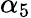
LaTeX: \alpha_{5}